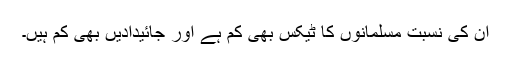
ان کی نسبت مسلمانوں کا ٹیکس بھی کم ہے اور جائیدادیں بھی کم ہیں۔